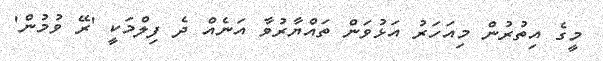
މީގެ އިތުރުން މިއަހަރު އަޅުވަން ތައްޔާރުވާ އަނެއް ދެ ފިލްމަކީ 'ރޭ ވުމުން'